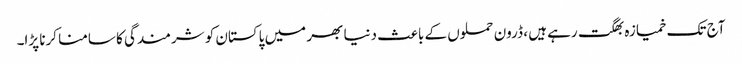
آج تک خمیازہ بھگت رہے ہیں ، ڈرون حملوں کے باعث دنیا بھر میں پاکستان کو شرمندگی کا سامنا کرنا پڑا۔